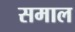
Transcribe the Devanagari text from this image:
समाल